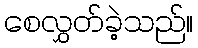
စေလွှတ်ခဲ့သည်။